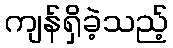
ကျန်ရှိခဲ့သည့်